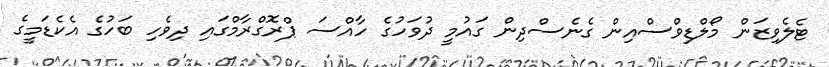
ޓެލެވިޒަން މޯލްޑިވްސްއިން ގެނެސްދިން ގައުމީ ދުވަހުގެ ހާއްސަ ޕްރޮގްރާމްގައި ދިވެހި ބަހުގެ އެކެޑަމީގެ